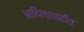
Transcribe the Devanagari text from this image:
आदिल्शाहीत